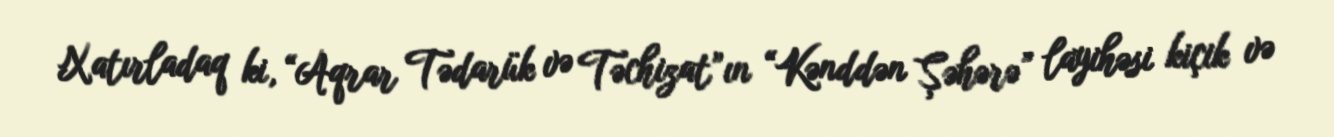
Xatırladaq ki, “Aqrar Tədarük və Təchizat”ın “Kənddən Şəhərə” layihəsi kiçik və